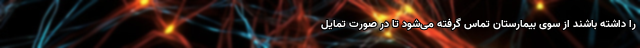
را داشته باشند از سوی بیمارستان تماس گرفته می­شود تا در صورت تمایل